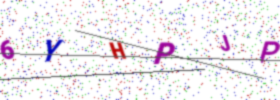
Text: 6YHPJP